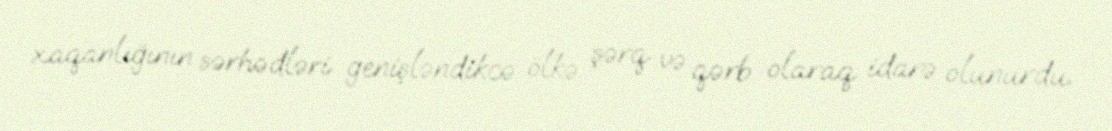
xaqanlığının sərhədləri genişləndikcə ölkə şərq və qərb olaraq idarə olunurdu.